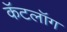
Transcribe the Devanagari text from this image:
कॅटलॉग